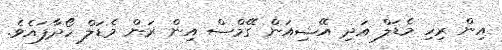
އިން ރިހި މެޑަލް އަދި އޭޝިއަން ގޭމްސް އިން ރަން މެޑަލް ހޯދާފައެވެ.